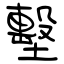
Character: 墼